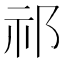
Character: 祁